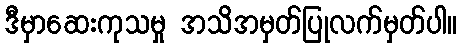
ဒီမှာဆေးကုသမှု အသိအမှတ်ပြုလက်မှတ်ပါ။